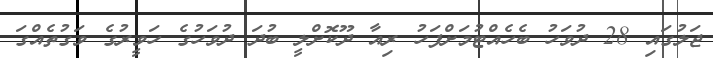
ޖަލުގައި 28 ދުވަހު ބެހެއްޓުމަށްފަހު ރިއާ ދޫކޮށްލީ ބުދަ ދުވަހުގެ ހަވީރުގެ ވަގުތެއްގަ